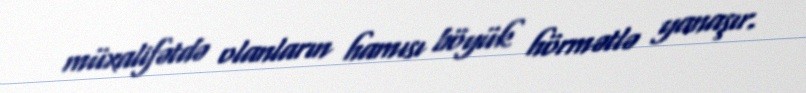
müxalifətdə olanların hamısı böyük hörmətlə yanaşır.